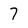
Character: 7